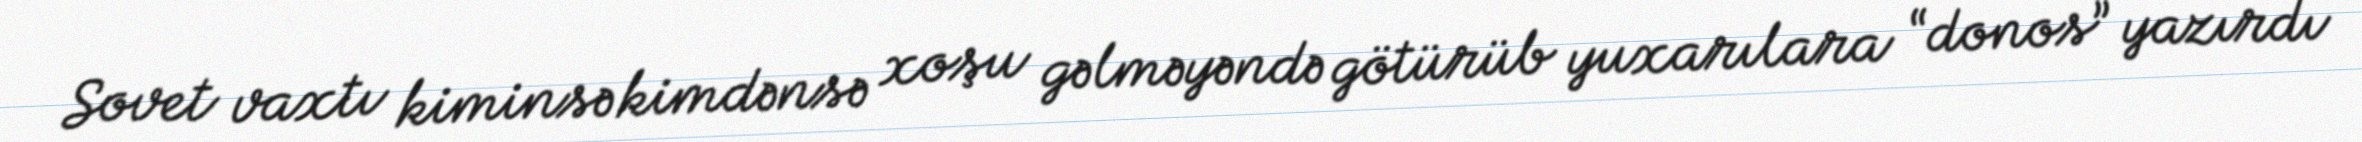
Sovet vaxtı kiminsə kimdənsə xoşu gəlməyəndə götürüb yuxarılara “donos” yazırdı